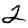
Digit: 2